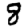
Digit: 8